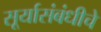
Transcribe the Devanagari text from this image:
सूर्यासंबंधीचे